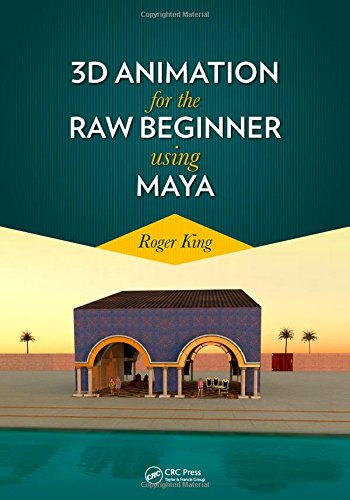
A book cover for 3D Animation for the Raw Beginner Using Maya (Chapman & Hall/CRC Computer Graphics, Geometric Modeling, and Animation); Roger King; Computers & Technology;